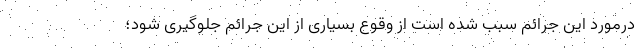
درمورد این جرائم سبب شده است از وقوع بسیاری از این جرائم جلوگیری شود؛